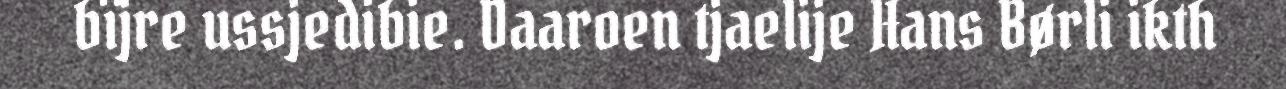
bïjre ussjedibie. Daaroen tjaelije Hans Børli ikth